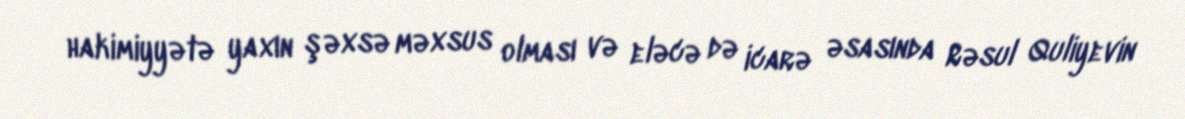
hakimiyyətə yaxın şəxsə məxsus olması və eləcə də icarə əsasında Rəsul Quliyevin